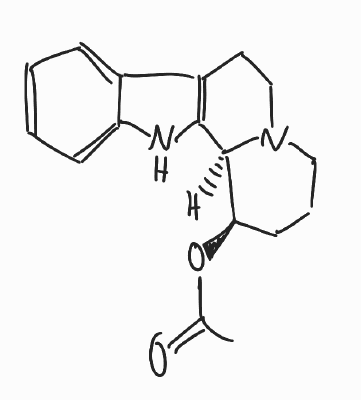
Simplified molecular-input line-entry system (SMILES) notation of the given molecule:
CC(=O)O[C@@H]1CCCN2[C@@H]1C3=C(CC2)C4=CC=CC=C4N3